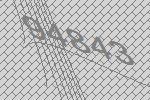
94843